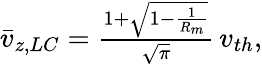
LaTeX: \begin{array}{r}{\bar{v}_{z,LC}=\frac{1+\sqrt{1-\frac{1}{R_{m}}}}{\sqrt{\pi}}\, v_{th},}\end{array}